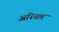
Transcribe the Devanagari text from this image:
अरिग्नार